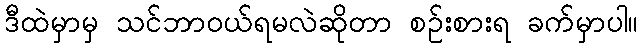
ဒီထဲမှာမှ သင်ဘာဝယ်ရမလဲဆိုတာ စဉ်းစားရ ခက်မှာပါ။